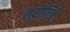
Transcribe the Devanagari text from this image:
नवीग्लि